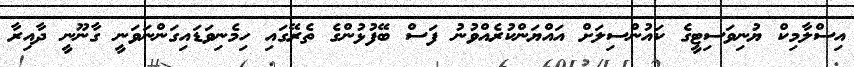
އިސްލާމިކް ޔުނިވަސިޓީގެ ކައުންސިލަށް އައްޔަންކުރެއްވުނު ފަސް ބޭފުޅުންގެ ތެރޭގައި ހިމެނިވަޑައިގަންނަވަނީ ގާނޫނީ ދާއިރާ